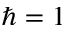
\hbar = 1